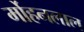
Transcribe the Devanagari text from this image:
र्मोहनलाल